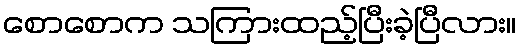
စောစောက သကြားထည့်ပြီးခဲ့ပြီလား။